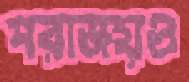
পরাজয়ও